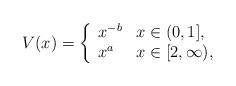
LaTeX: \begin{align*}V(x)=\left\{\begin{array}{ll}x^{-b}&x\in(0,1],\\x^a&x\in[2,\infty),\\\end{array}\right.\end{align*}